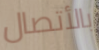
بالأتصال